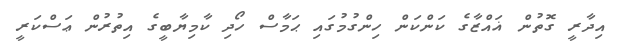
އިދާރީ ގޮތުން ޣައްޒާގެ ކަންކަން ހިންގުމުގައި ޙަމާސް ހޯދި ކާމިޔާބީގެ އިތުރުން ޢަސްކަރީ